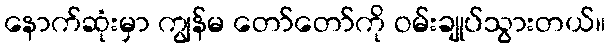
နောက်ဆုံးမှာ ကျွန်မ တော်တော်ကို ဝမ်းချုပ်သွားတယ်။